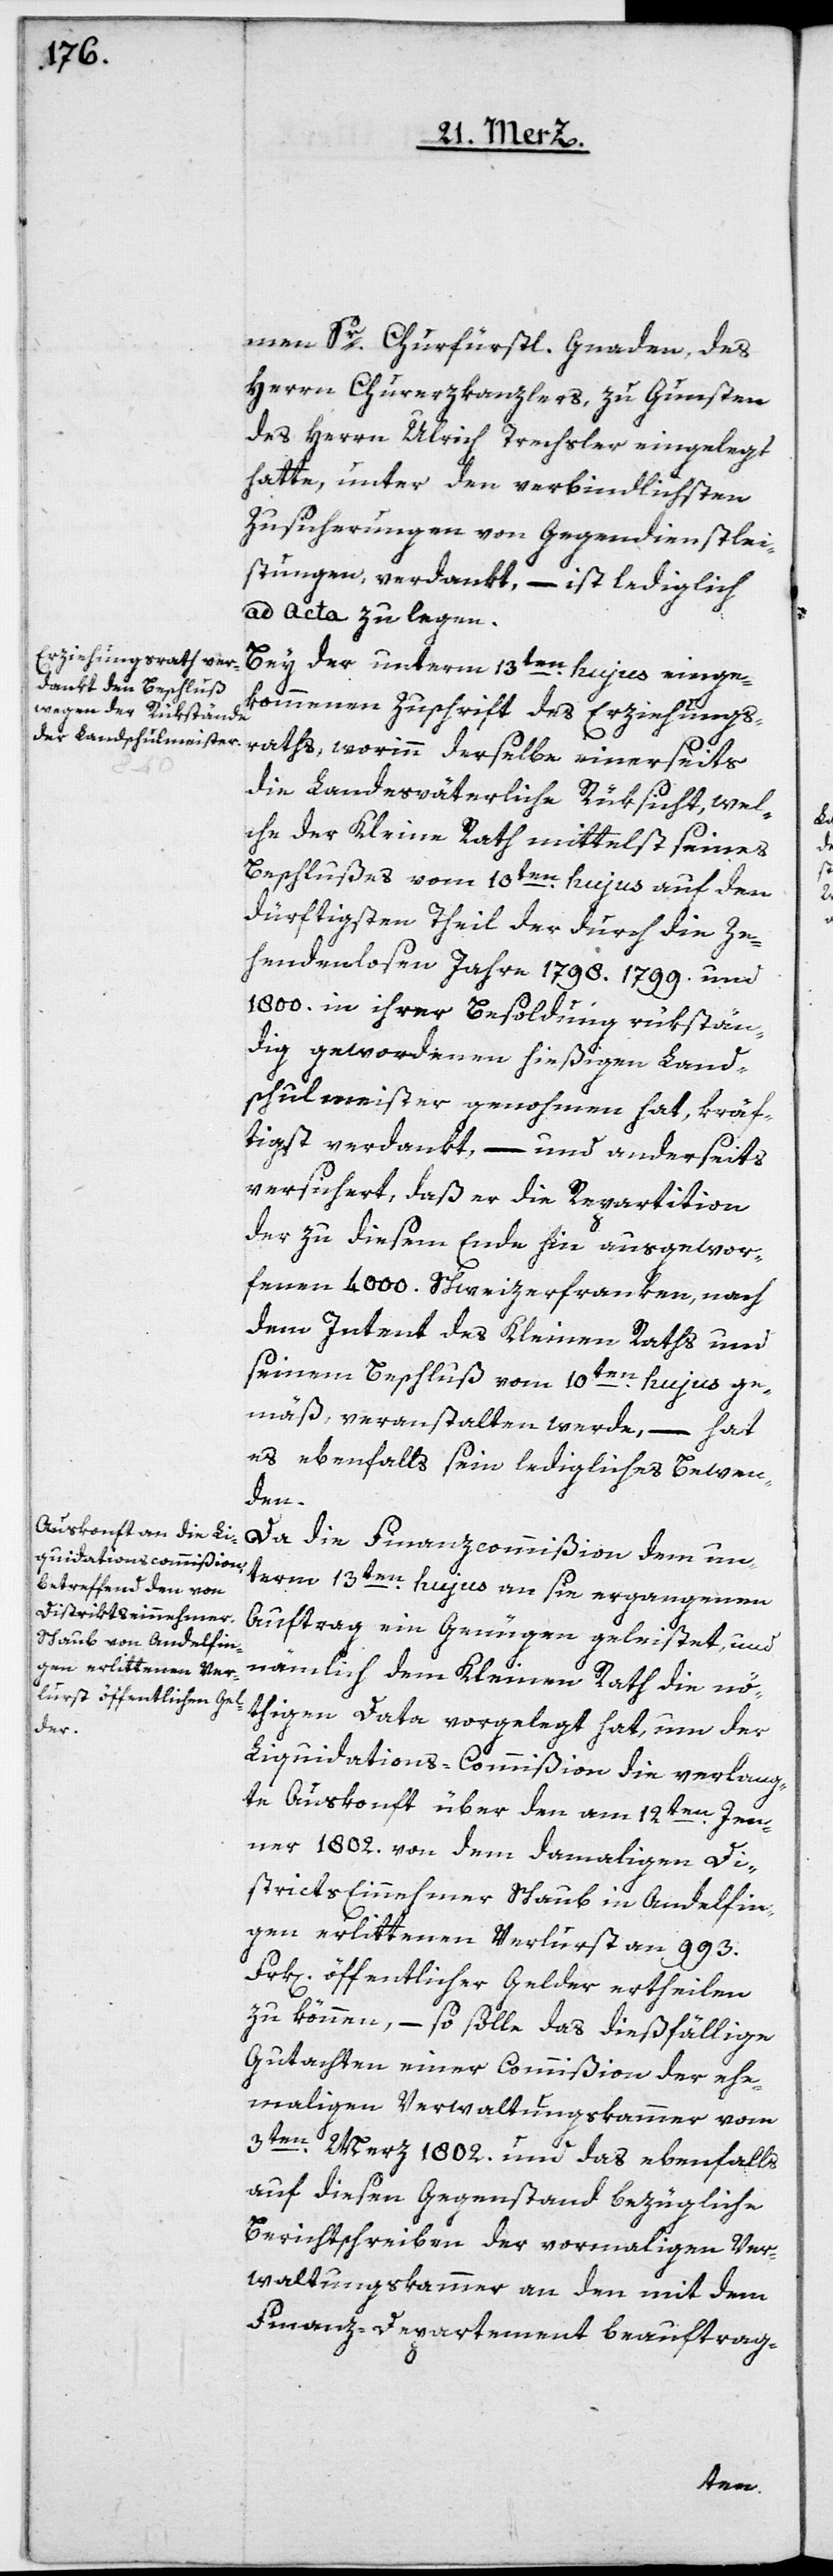
men Sr. Churfürstl. Gnaden, des
Herrn Churezkanzlers, zu Gunsten
des Herrn Ulrich Trachsler eingelegt
hatte, unter den verbindlichsten
Zusicherungen von Gegendienstlei¬
stungen verdankt, – ist lediglich
ad acta zu legen.
Bey der unterm 13ten hujus einge¬
kommenen Zuschrift des Erziehungs¬
raths, worinn derselbe einerseits
die landesväterliche Rüksicht, wel¬
che der Kleine Rath mittelst seines
Beschlußes vom 10ten hujus auf den
dürftigsten Theil der durch die ze¬
hentenlosen Jahre 1798. 1799 und
1800 in ihrer Besoldung rückstän¬
dig gewordenen hießigen Land¬
schulmeister genommen hat, kräf¬
tigst verdankt, – und anderseits
versichert, daß er die Repartition
der zu diesem Ende hin ausgewor¬
fenen 4000. Schweizerfranken, nach
dem Intent des Kleinen Raths und
seinem Beschluß vom 10ten hujus ge¬
mäß, veranstalten werde, – hat
es ebenfalls sein ledigliches Bewen¬
den.
Da die Finanzcommißion dem un¬
term 13ten hujus an sie ergangenen
Auftrag ein Genügen geleistet, und
nämlich dem Kleinen Rath die nö¬
thigen Data vorgelegt hat, um der
Liquidations-Commißion die verlang¬
te Auskonft über den am 12ten Jen¬
ner 1802. von dem damaligen Di¬
stricts Einnehmer Schaub in Andelfin¬
gen erlittenen Verlust an 993.
Frk[en]. öffentlicher Gelder ertheilen
zu können, – so solle das dießfällige
Gutachten einer Commißion der ehe¬
maligen Verwaltungskammer vom
3ten Merz 1802 und das ebenfalls
auf diesen Gegenstand bezügliche
Berichtschreiben der vormaligen Ver¬
waltungskammer an den mit dem
Finanz-Departement beauftrag-